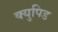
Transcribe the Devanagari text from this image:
क्युपिड